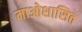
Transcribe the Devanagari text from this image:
माओशासित